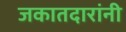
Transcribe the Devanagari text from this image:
जकातदारांनी